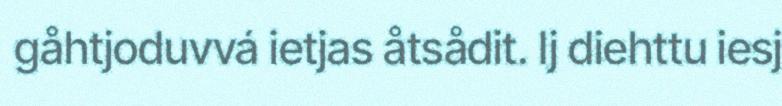
gåhtjoduvvá ietjas åtsådit. Ij diehttu iesj